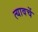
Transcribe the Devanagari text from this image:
त्यावर्चे